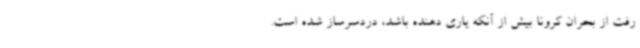
رفت از بحران کرونا بیش از آنکه یاری دهنده باشد، دردسرساز شده است.